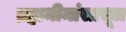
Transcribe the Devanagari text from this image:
ब्रह्ममीमांसासूत्र